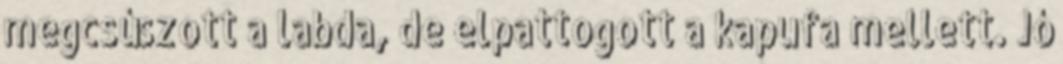
megcsúszott a labda, de elpattogott a kapufa mellett. Jó